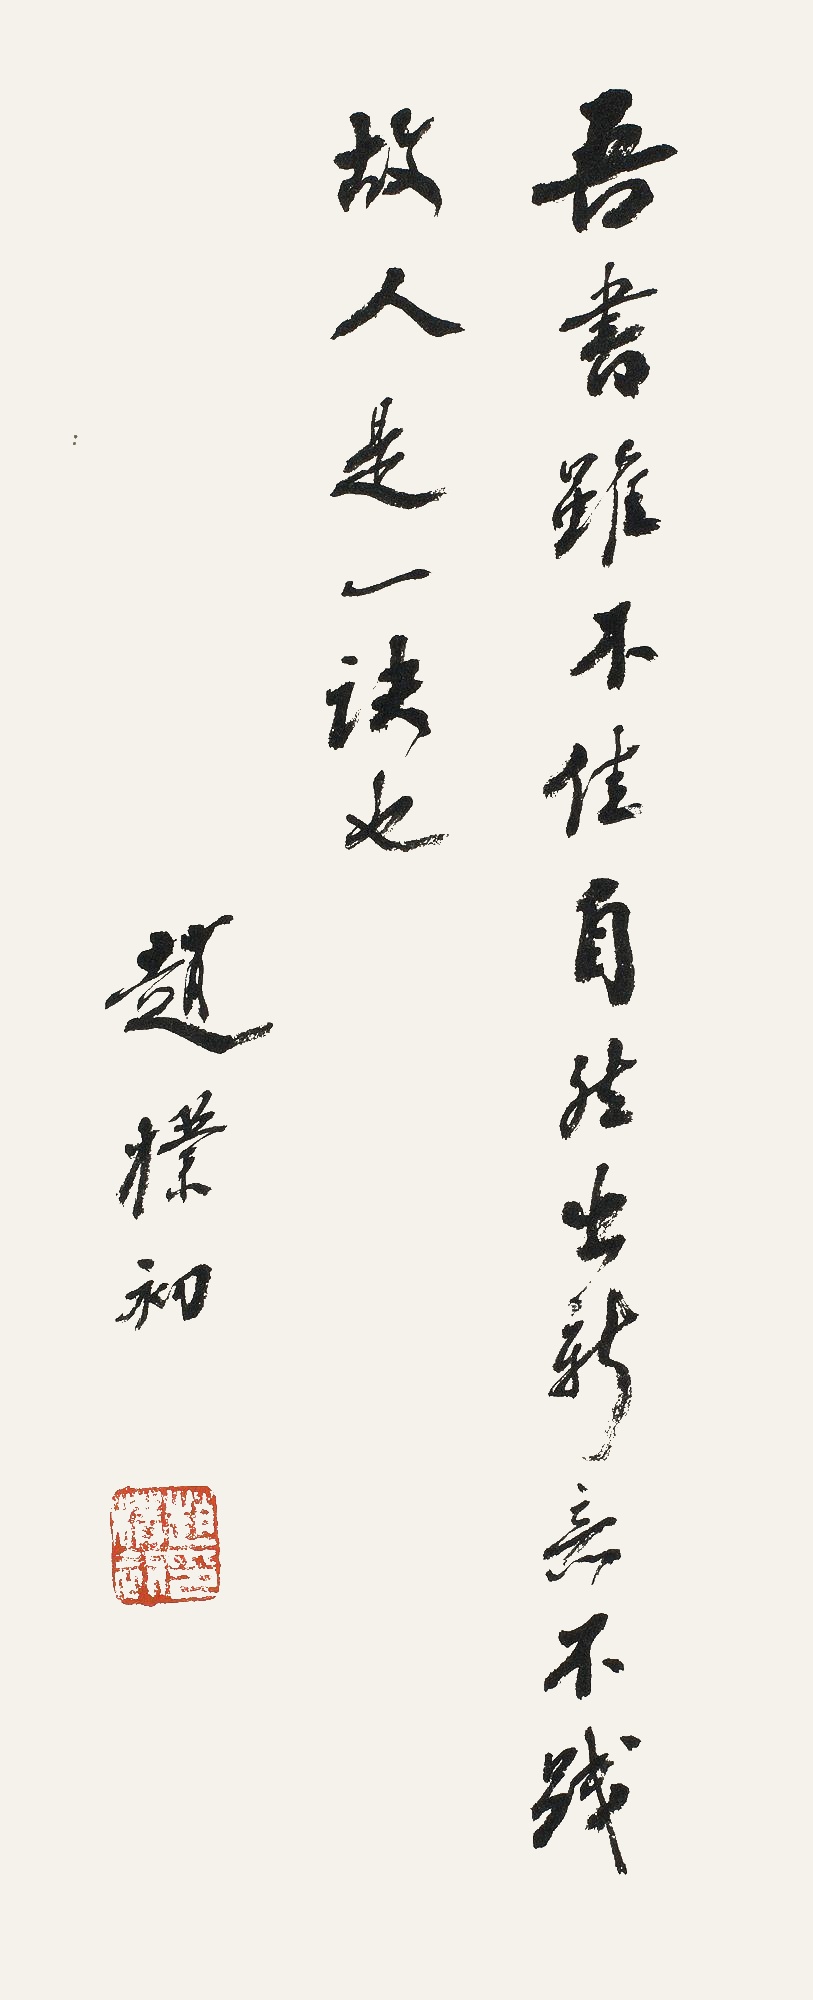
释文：吾书虽不佳，自然出新意。不践故人，是一诀也。赵朴初印